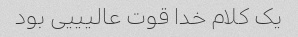
یک کلام خدا قوت عالیییی بود